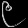
Digit: ၉